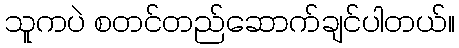
သူကပဲ စတင်တည်ဆောက်ချင်ပါတယ်။